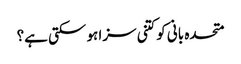
متحدہ بانی کوکتنی سزا ہو سکتی ہے؟